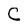
Character: C